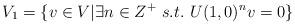
LaTeX: \begin{align*}V_1=\{v\in V|\exists n\in Z^{+}\ s.t.\ U(1,0)^nv=0\}\end{align*}